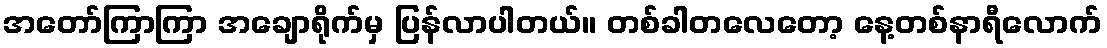
အတော်ကြာကြာ အချောရိုက်မှ ပြန်လာပါတယ်။ တစ်ခါတလေတော့ နေ့တစ်နာရီလောက်